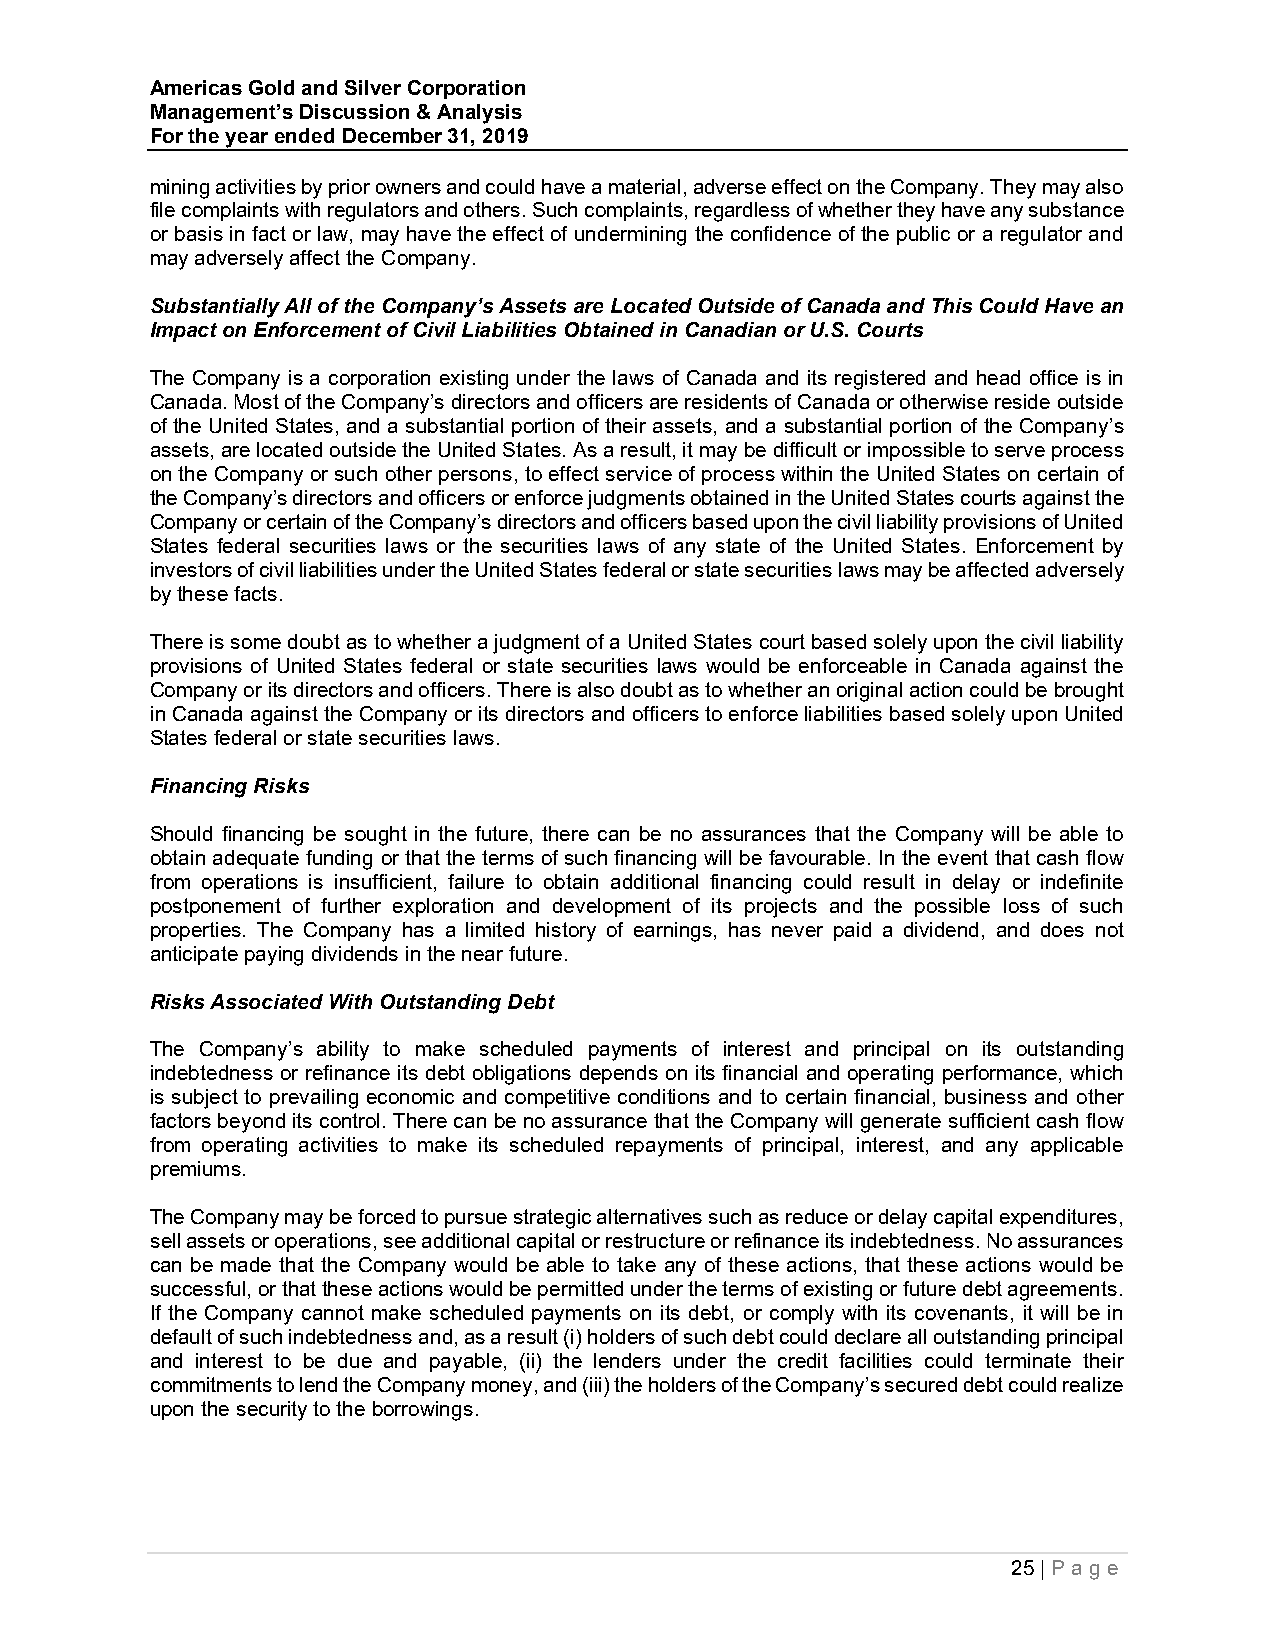
Americas Gold and Silver Corporation
 Management’s Discussion & Analysis
 For the year ended December 31, 2019
 mining activities by prior owners and could have a material, adverse effect on the Company. They may also
 file complaints with regulators and others. Such complaints, regardless of whether they have any substance
 or basis in fact or law, may have the effect of undermining the confidence of the public or a regulator and
 may adversely affect the Company.
 Substantially All of the Company’s Assets are Located Outside of Canada and This Could Have an
 Impact on Enforcement of Civil Liabilities Obtained in Canadian or U.S. Courts
 The Company is a corporation existing under the laws of Canada and its registered and head office is in
 Canada. Most of the Company’s directors and officers are residents of Canada or otherwise reside outside
 of the United States, and a substantial portion of their assets, and a substantial portion of the Company’s
 assets, are located outside the United States. As a result, it may be difficult or impossible to serve process
 on the Company or such other persons, to effect service of process within the United States on certain of
 the Company’s directors and officers or enforce judgments obtained in the United States courts against the
 Company or certain of the Company’s directors and officers based upon the civil liability provisions of United
 States federal securities laws or the securities laws of any state of the United States. Enforcement by
 investors of civil liabilities under the United States federal or state securities laws may be affected adversely
 by these facts.
 There is some doubt as to whether a judgment of a United States court based solely upon the civil liability
 provisions of United States federal or state securities laws would be enforceable in Canada against the
 Company or its directors and officers. There is also doubt as to whether an original action could be brought
 in Canada against the Company or its directors and officers to enforce liabilities based solely upon United
 States federal or state securities laws.
 Financing Risks
 Should financing be sought in the future, there can be no assurances that the Company will be able to
 obtain adequate funding or that the terms of such financing will be favourable. In the event that cash flow
 from operations is insufficient, failure to obtain additional financing could result in delay or indefinite
 postponement of further exploration and development of its projects and the possible loss of such
 properties. The Company has a limited history of earnings, has never paid a dividend, and does not
 anticipate paying dividends in the near future.
 Risks Associated With Outstanding Debt
 The Company’s ability to make scheduled payments of interest and principal on its outstanding
 indebtedness or refinance its debt obligations depends on its financial and operating performance, which
 is subject to prevailing economic and competitive conditions and to certain financial, business and other
 factors beyond its control. There can be no assurance that the Company will generate sufficient cash flow
 from operating activities to make its scheduled repayments of principal, interest, and any applicable
 premiums.
 The Company may be forced to pursue strategic alternatives such as reduce or delay capital expenditures,
 sell assets or operations, see additional capital or restructure or refinance its indebtedness. No assurances
 can be made that the Company would be able to take any of these actions, that these actions would be
 successful, or that these actions would be permitted under the terms of existing or future debt agreements.
 If the Company cannot make scheduled payments on its debt, or comply with its covenants, it will be in
 default of such indebtedness and, as a result (i) holders of such debt could declare all outstanding principal
 and interest to be due and payable, (ii) the lenders under the credit facilities could terminate their
 commitments to lend the Company money, and (iii) the holders of the Company’s secured debt could realize
 upon the security to the borrowings.
 25 | P ag e